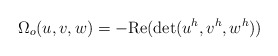
\begin{align*}\Omega_{o}(u,v,w)=-\mathrm{Re}(\mathrm{det}(u^{h},v^{h},w^{h}))\end{align*}